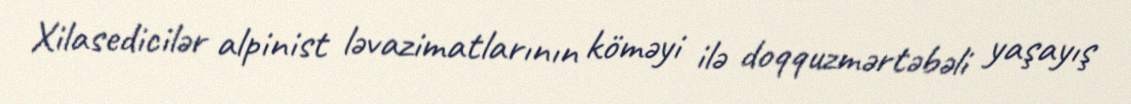
Xilasedicilər alpinist ləvazimatlarının köməyi ilə doqquzmərtəbəli yaşayış